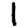
Digit: 1